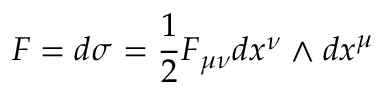
F = d \sigma = \frac { 1 } { 2 } F _ { \mu \nu } d x ^ { \nu } \wedge d x ^ { \mu }